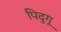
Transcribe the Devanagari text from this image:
पिदुगू